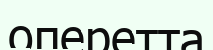
оперетта